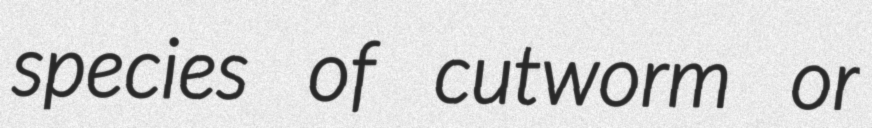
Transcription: species of cutworm or